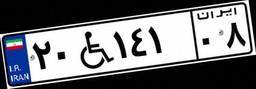
۱۸W۸۸۰۴۵